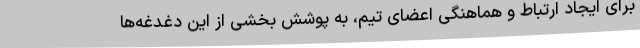
برای ایجاد ارتباط و هماهنگی اعضای تیم، به پوشش بخشی از این دغدغه‌ها